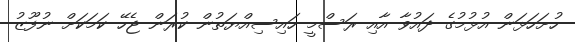
ހުށަހަޅަން އުޅުމުގެ ދައުވާ އާއި ރަސްމީ ހައިސިއްޔަތުން ކުރަން ޖެހޭ ކަމަކަށް ނުފޫޒު